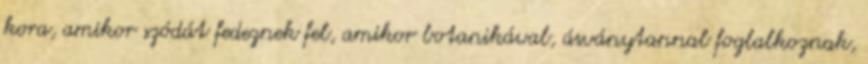
kora, amikor szódát fedeznek fel, amikor botanikával, ásványtannal foglalkoznak,